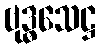
ဗုဒ္ဓသေဋ္ဌ